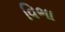
વિભા